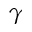
\gamma